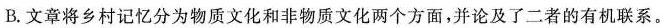
B.文章将乡村记忆分为物质文化和非物质文化两个方面，并论及了二者的有机联系。